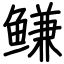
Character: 鳒